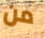
من